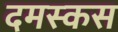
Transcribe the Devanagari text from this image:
दमस्कस